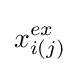
x_{i(j)}^{ex}